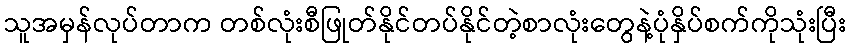
သူအမှန်လုပ်တာက တစ်လုံးစီဖြုတ်နိုင်တပ်နိုင်တဲ့စာလုံးတွေနဲ့ပုံနှိပ်စက်ကိုသုံးပြီး